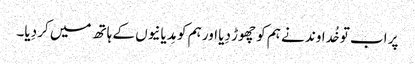
پر اب تو خُداوند نے ہم کو چھوڑ دِیا اور ہم کو مِدیانیوں کے ہاتھ میں کر دِیا۔